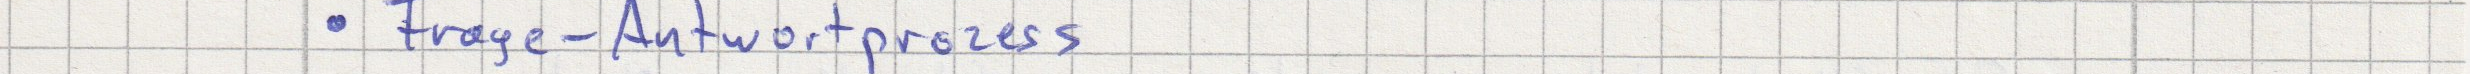
Frage-Antwortprozess